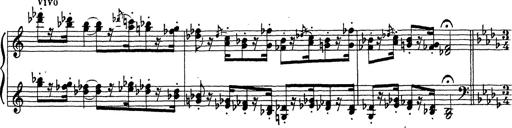
Title: Ballade No.1
Composer: Richard St. Clair